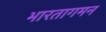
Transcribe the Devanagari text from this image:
भारतागमन